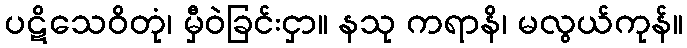
ပဋိသေဝိတုံ၊ မှီဝဲခြင်းငှာ။ နသု ကရာနိ၊ မလွယ်ကုန်။